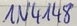
Text: IN4148